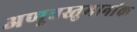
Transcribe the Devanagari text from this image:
अणूवस्तुमानांक